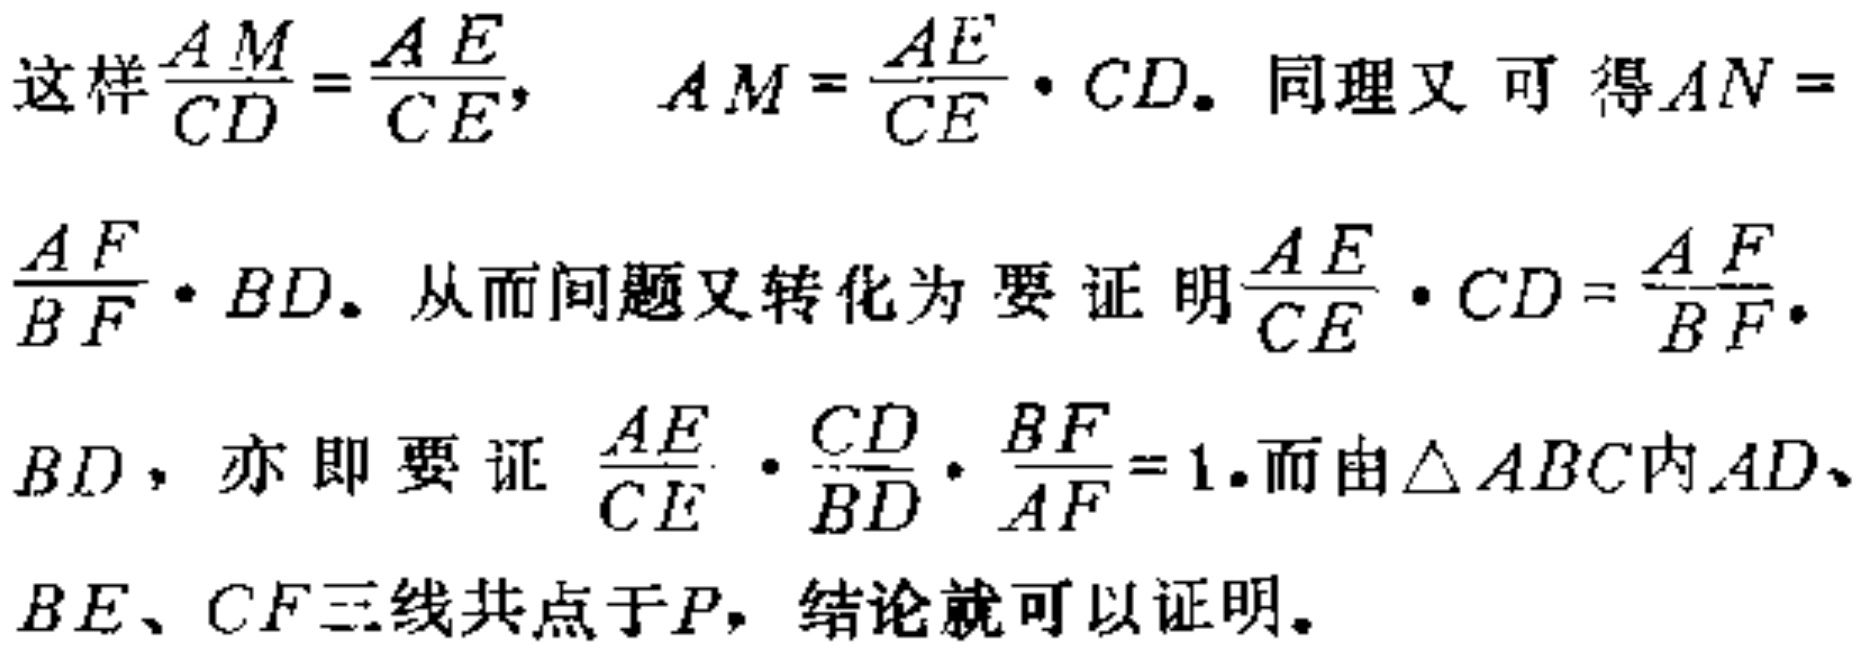
这样$\frac{AM}{CD}=\frac{AE}{CE}$，$AM = \frac{AE}{CE}\cdot CD$。同理又可得$AN = \frac{AF}{BF}\cdot BD$。从而问题又转化为要证明$\frac{AE}{CE}\cdot CD=\frac{AF}{BF}\cdot BD$，亦即要证$\frac{AE}{CE}\cdot\frac{CD}{BD}\cdot\frac{BF}{AF}=1$。而由$\triangle ABC$内$AD$、$BE$、$CF$三线共点于$P$，结论就可以证明。